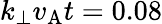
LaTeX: k_{\perp}v_{\mathrm{A}}t=0.08